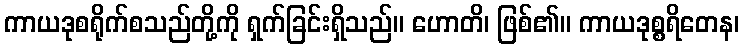
ကာယဒုစရိုက်စသည်တို့ကို ရှက်ခြင်းရှိသည်။ ဟောတိ၊ ဖြစ်၏။ ကာယဒုစ္စရိတေန၊